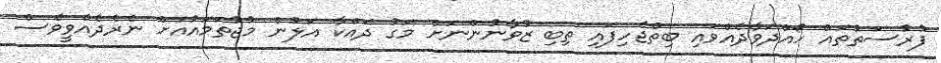
ފުރުސަތުތައް ހޯއްދަވާދެއްވައި ބިތްޖެހިފައި ތިބި ޒުވާނުންނަށް މަގު ދައްކާ އަލުން މުޖުތަމައުއަށް ނެރެދެއްވީވެސް